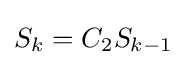
S_{k}=C_{2}S_{k-1}